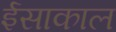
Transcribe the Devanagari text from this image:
ईसाकाल